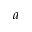
a